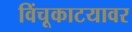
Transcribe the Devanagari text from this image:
विंचूकाटयावर